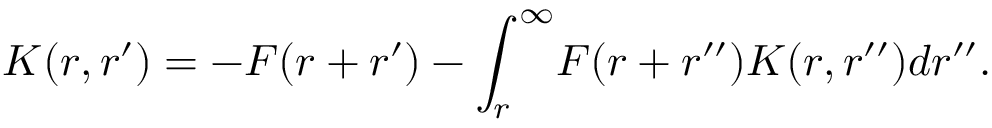
K ( r , r ^ { \prime } ) = - F ( r + r ^ { \prime } ) - \int _ { r } ^ { \infty } \! F ( r + r ^ { \prime \prime } ) K ( r , r ^ { \prime \prime } ) d r ^ { \prime \prime } .